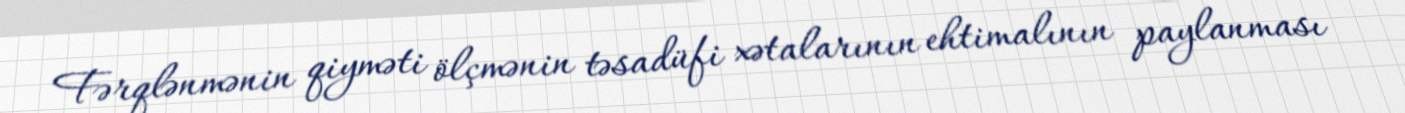
Fərqlənmənin qiyməti ölçmənin təsadüfi xətalarının ehtimalının paylanması